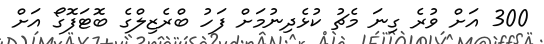
300 އަށް ވުރެ ގިނަ މެޗު ކުޅެދިނުމަށް ފަހު ބްރެޒިލްގެ ބޮޓަފޮގޯ އަށް